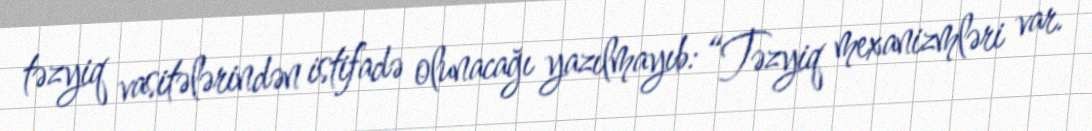
təzyiq vasitələrindən istifadə olunacağı yazılmayıb: “Təzyiq mexanizmləri var.